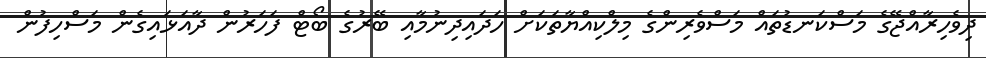
ދިވެހިރާއްޖޭގެ މަސްކަނޑުތައް މަސްވެރިންގެ މިލްކިއްޔާތަކަށް ހަދައިދިނުމާއި ބޭރުގެ ބޯޓް ފަހަރުން ދާއަޅައިގެން މަސްހިފުން